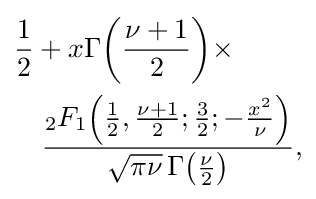
{\begin{aligned}&{\frac {1}{2}}+x\Gamma {\left({\frac {\nu +1}{2}}\right)}\times \\&\quad {\frac {{}_{2}F_{1}\!\left({\frac {1}{2}},{\frac {\nu +1}{2}};{\frac {3}{2}};-{\frac {x^{2}}{\nu }}\right)}{{\sqrt {\pi \nu }}\,\Gamma {\left({\frac {\nu }{2}}\right)}}},\end{aligned}}